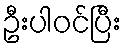
ဦးပါဝင်ပြီး